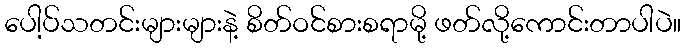
ပေါ့ပ်သတင်းများများနဲ့ စိတ်ဝင်စားစရာမို့ ဖတ်လို့ကောင်းတာပါပဲ။